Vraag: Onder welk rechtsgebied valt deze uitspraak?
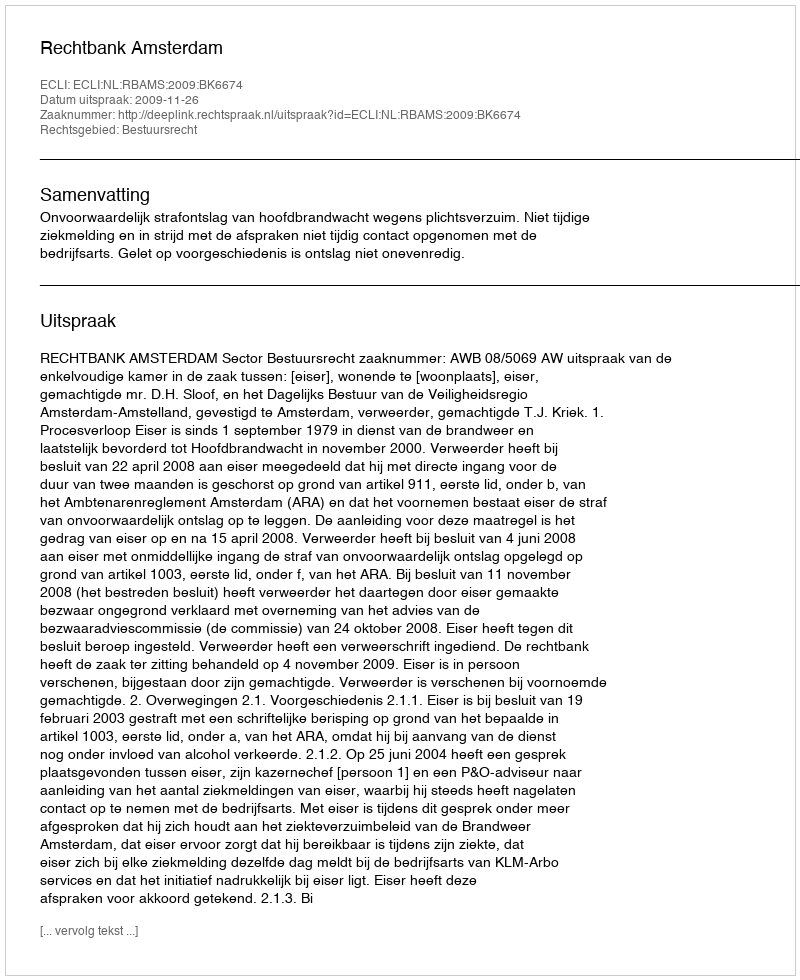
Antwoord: Bestuursrecht